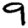
Digit: 9